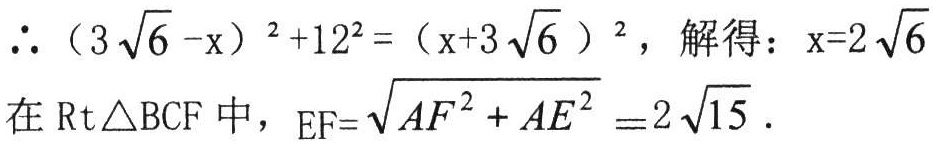
\(\therefore (3\sqrt{6}-x)^{2}+12^{2}=(x + 3\sqrt{6})^{2}，解得：x = 2\sqrt{6}\)

在\(Rt\triangle BCF\)中，\(EF=\sqrt{AF^{2}+AE^{2}}=2\sqrt{15}\)